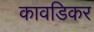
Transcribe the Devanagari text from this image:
कावडिकर